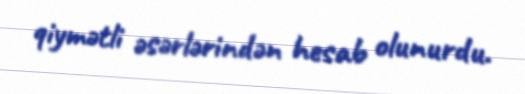
qiymətli əsərlərindən hesab olunurdu.